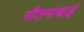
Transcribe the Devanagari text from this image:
गौतमाबाई